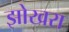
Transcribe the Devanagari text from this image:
झोखरा